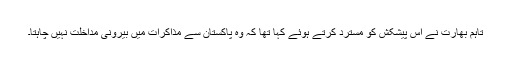
تاہم بھارت نے اس پیشکش کو مسترد کرتے ہوئے کہا تھا کہ وہ پاکستان سے مذاکرات میں بیرونی مداخلت نہیں چاہتا۔